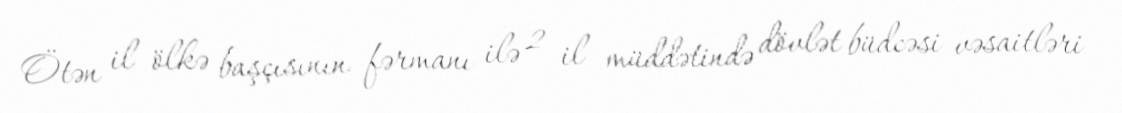
Ötən il ölkə başçısının fərmanı ilə 2 il müddətində dövlət büdcəsi vəsaitləri